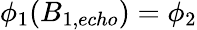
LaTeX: \phi_{1}(B_{1,echo})=\phi_{2}